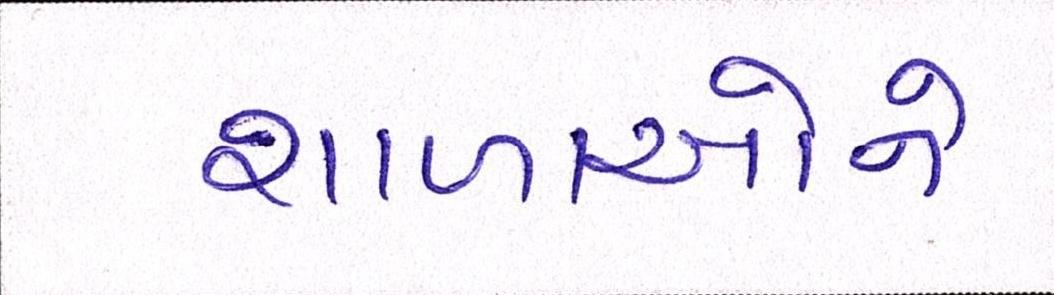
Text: શાળાઓને